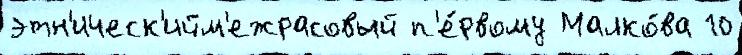
этн'ическ'ийм'ежрасовый п'е́рвому Малко́ва 10